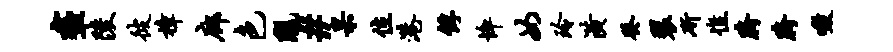
尽陵彼樟廊色陇#杲位港俘悴女玲潢癸裂斫憔胯胯啜